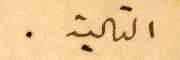
التالية.